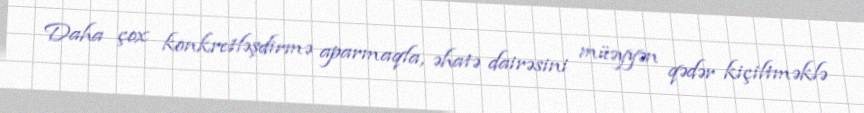
Daha çox konkretləşdirmə aparmaqla, əhatə dairəsini müəyyən qədər kiçiltməklə